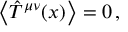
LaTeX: \left\langle \hat { T } ^ { \mu \nu } ( x ) \right\rangle = 0 \, ,